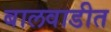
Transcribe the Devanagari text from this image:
बालवाडीत